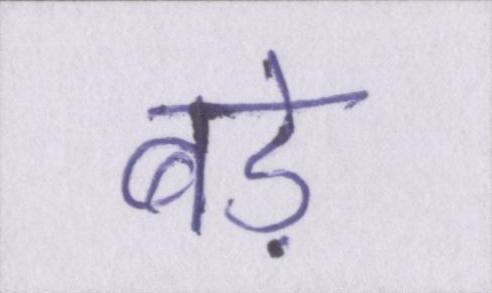
बड़े